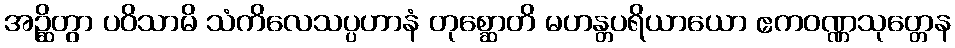
အဉ္ဆိတွာ ပဝိသာမိ သံကိလေသပ္ပဟာနံ တုစ္ဆောတိ မဟန္တပရိယာယော ဧကဝဏ္ဏသုတ္တေန